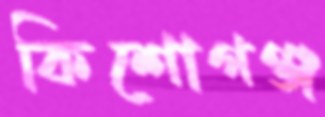
কিশোগঞ্জ